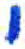
אות: י